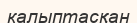
калыптасқан